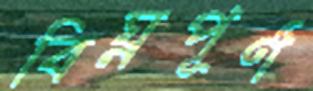
বিঘ্নপূর্ণ